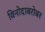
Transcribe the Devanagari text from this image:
विनोदाबरोबर